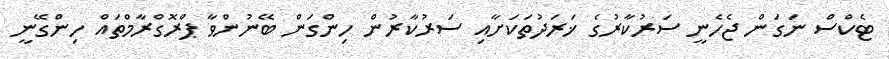
ޓެކްސް ނަގަން ޖެހެނީ ސަރުކާރުގެ ޚަރަދުތަކަށާއި ސަރުކާރުން ހިންގަން ބޭނުންވާ ޕްރޮގްރާމްތައް ހިންގޭނީ